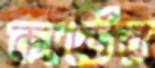
কার্ডের